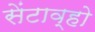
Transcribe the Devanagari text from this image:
सेंटाव्हो